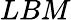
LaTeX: LBM